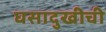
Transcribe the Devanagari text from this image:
घसादुखीची